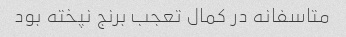
متاسفانه در کمال تعجب برنج نپخته بود